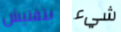
بتفتيش شيء